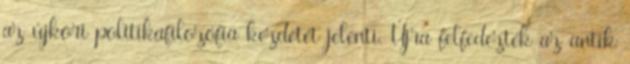
az újkori politikafilozófia kezdetét jelenti. Újra felfedezték az antik